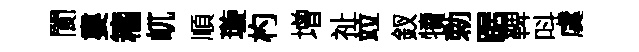
閬婁籕屼順璇杓增祉竝釵犢勅踞鞞呌虞